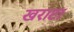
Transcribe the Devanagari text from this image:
खराटा